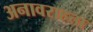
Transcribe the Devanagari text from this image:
अनावराहता